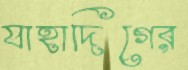
যাহাদিগের